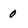
Character: 0